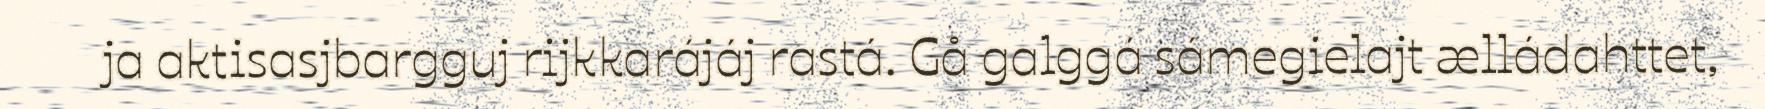
ja aktisasjbargguj rijkkarájáj rastá. Gå galggá sámegielajt ælládahttet,